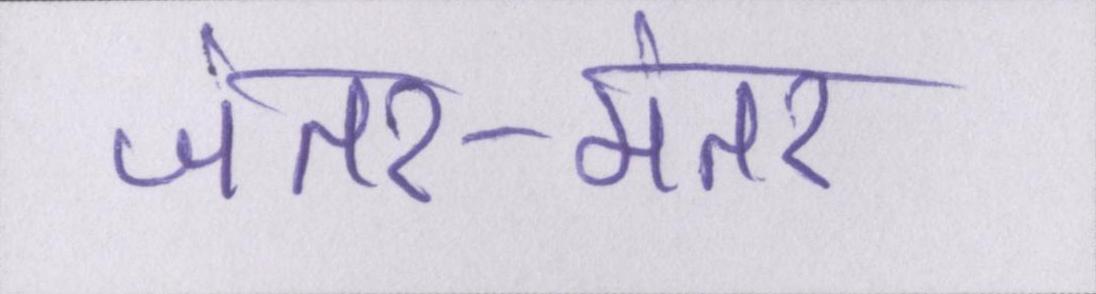
जंतर-मंतर